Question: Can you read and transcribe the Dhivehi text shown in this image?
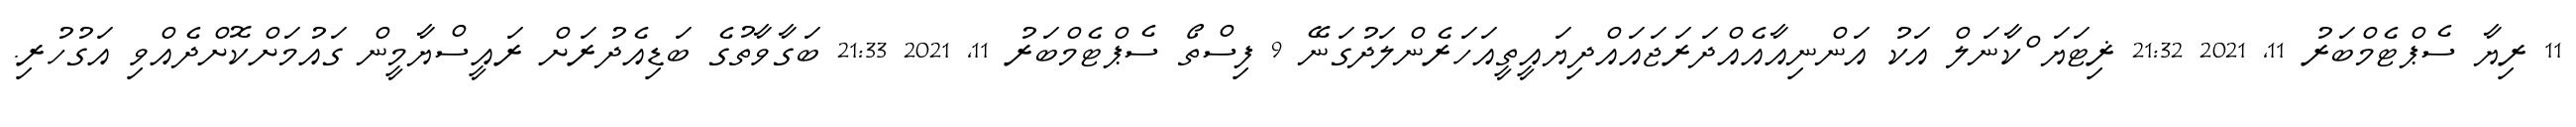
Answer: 11 ރިޔާ ސެޕްޓެމްބަރު 11, 2021 21:32 ޜިޓަޔަޱްކާނަލް އަކު އަންނިއާއެއްދަރަޖައައްދިޔައީތީއަހަރެންލަދުގަނޭ 9 ފިސްތޯ ސެޕްޓެމްބަރު 11, 2021 21:33 ބަގާވާތުގެ ބަޑިއެދުރަށް ރައީސްޔާމީން ގައުމަށްކޮށްދެއްވި އަގުހުރި.